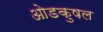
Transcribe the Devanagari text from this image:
ओडकुषल